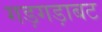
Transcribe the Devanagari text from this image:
गड़गड़ाबट